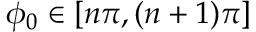
\phi _ { 0 } \in [ n \pi , ( n + 1 ) \pi ]